65_HS1-834228961_62-HQ-83894_Section_4
Agency: FBI
Page 49
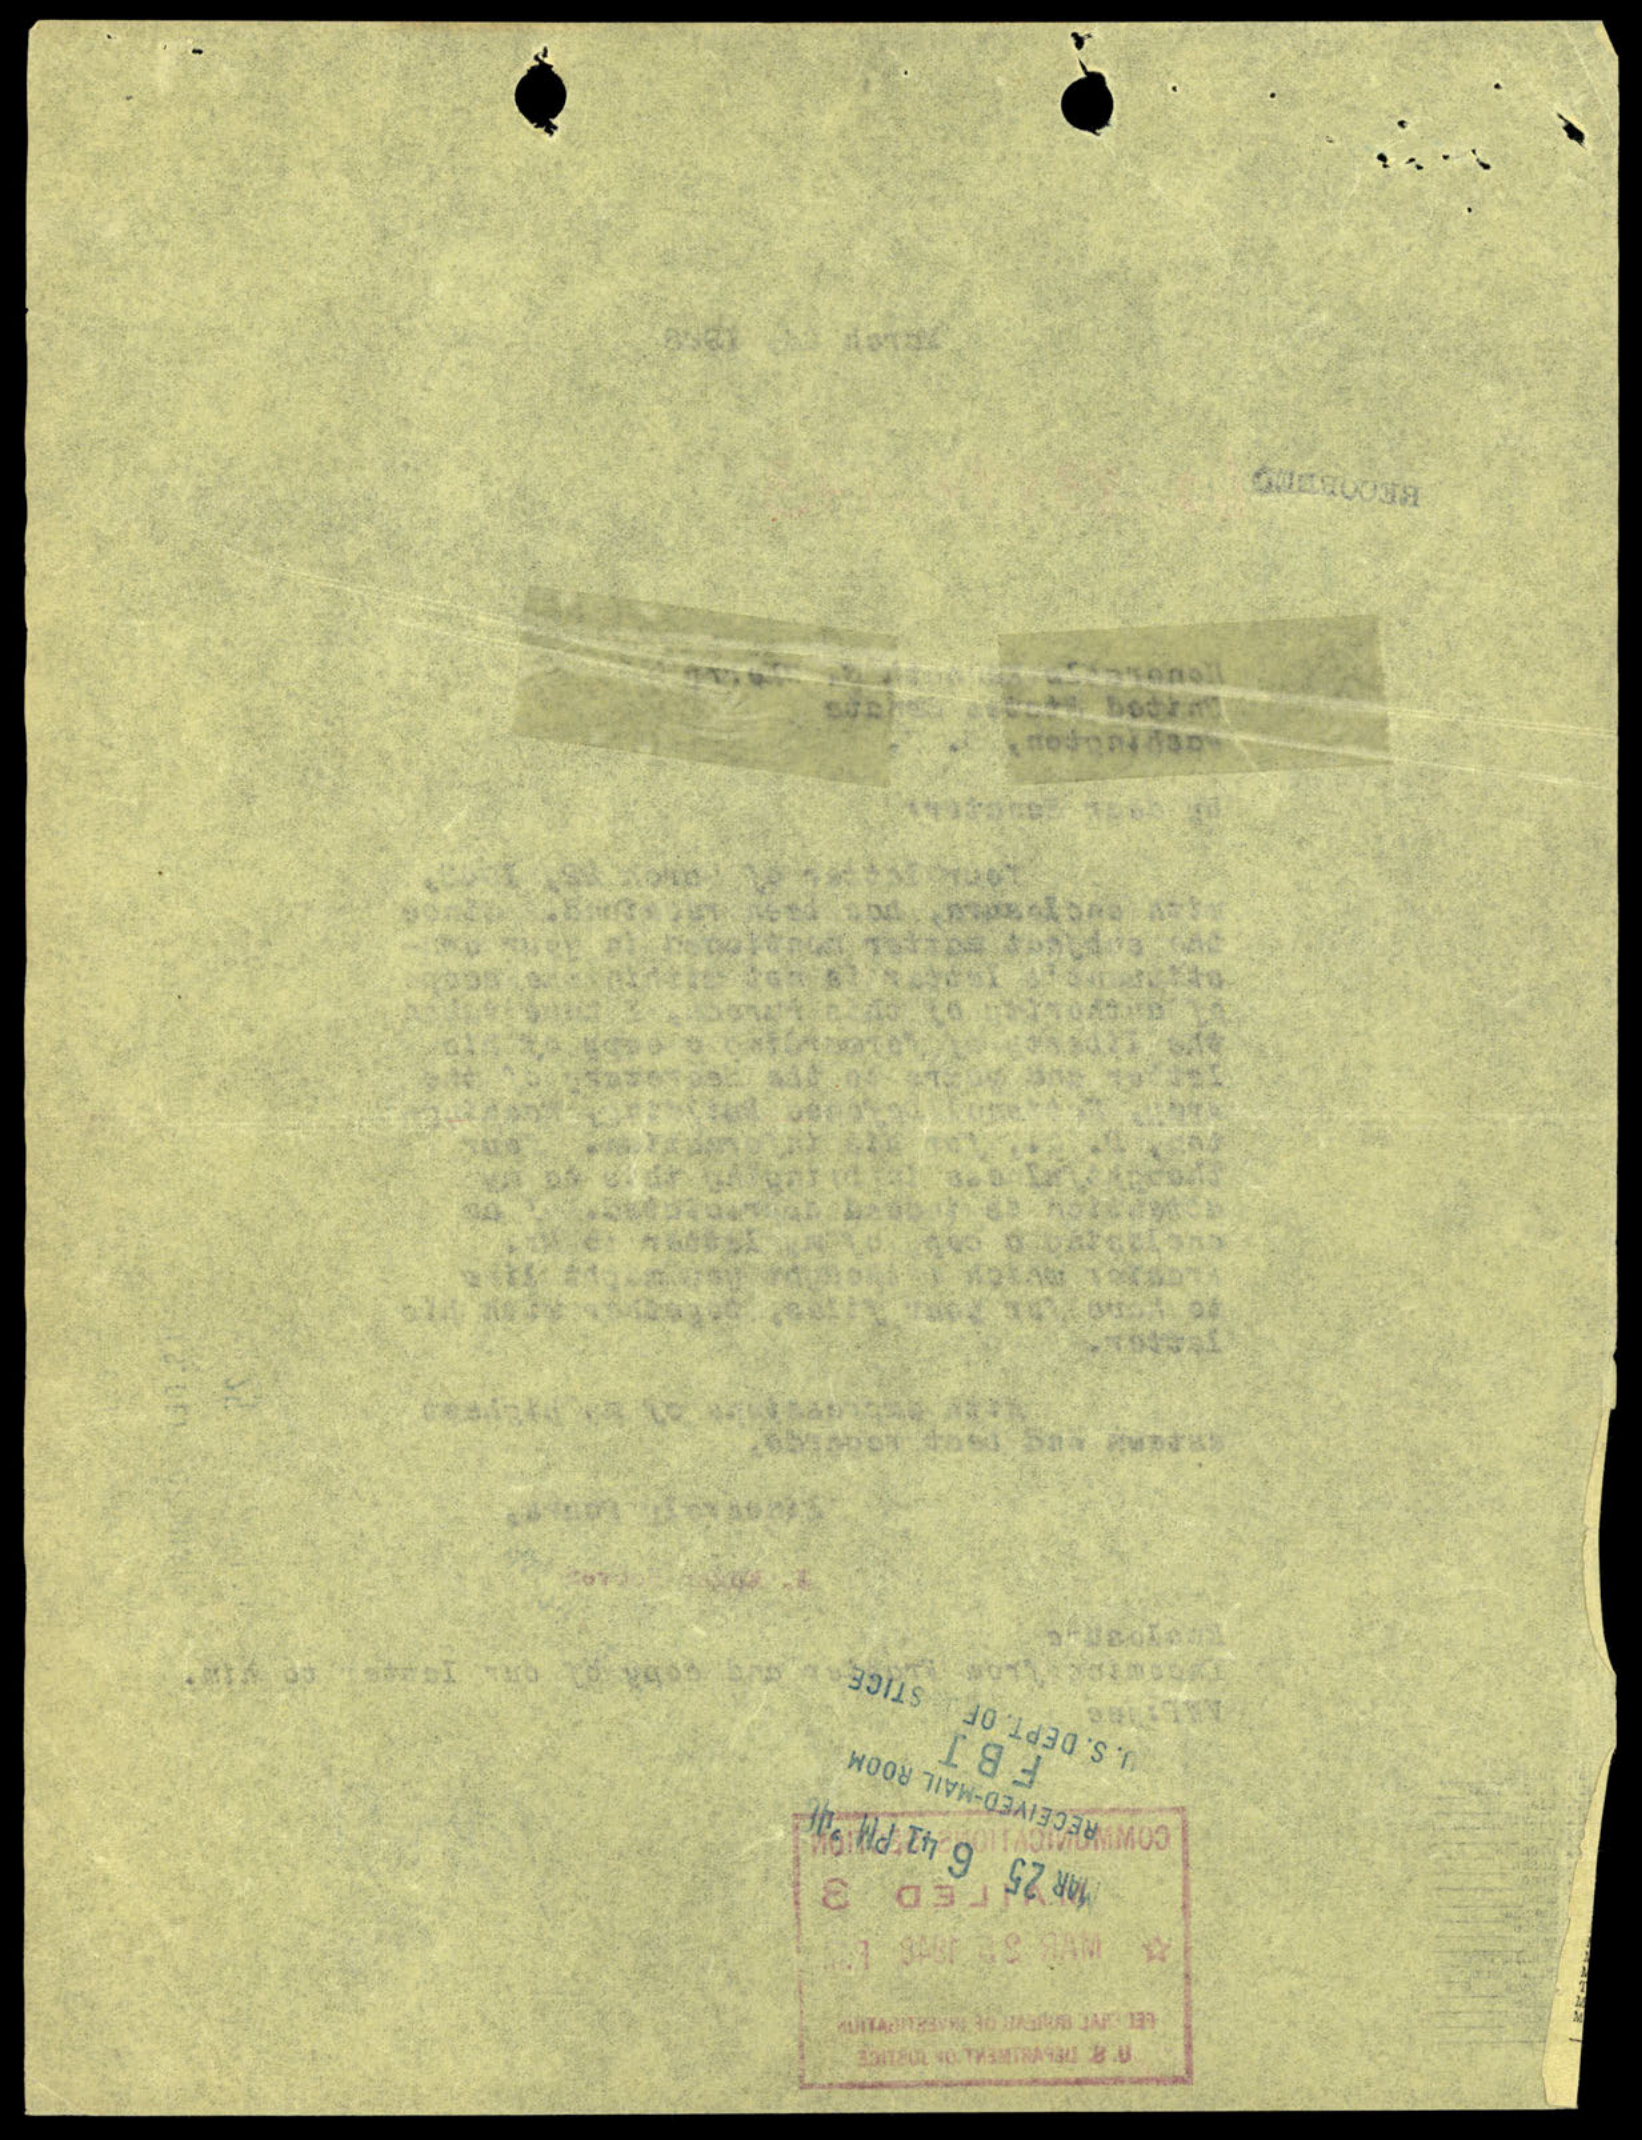